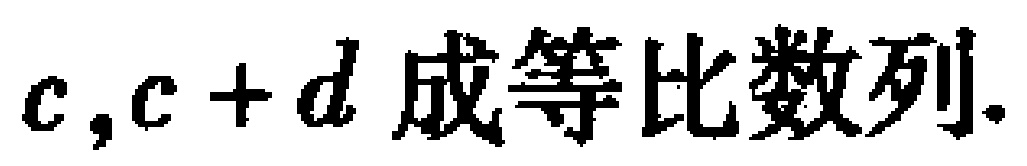
$c,c + d\text{ 成等比数列.}$